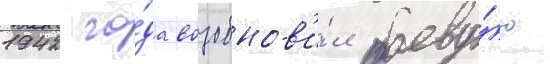
1942 го́да возобнов'и́л боеву́ю